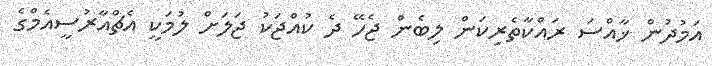
އަމުދުން ޚާއްސަ ރައްކާތެރިކަން ލިބެން ޖެހޭ ދެ ކުއްޖަކު ޖަލަށް ލުމަކީ އެޗްއާރުސީއެމްގެ